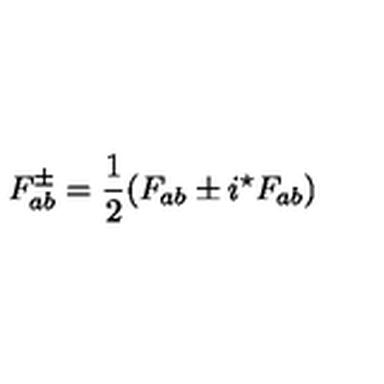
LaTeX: F _ { a b } ^ { \pm } = { \frac { 1 } { 2 } } ( F _ { a b } \pm i { ^ { \star } F _ { a b } } )